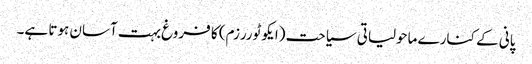
پانی کے کنارے ماحولیاتی سیاحت (ایکو ٹوررزم) کا فروغ بہت آسان ہوتا ہے۔